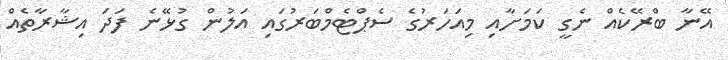
އޭނާ ބްރޭކެއް ނެގީ ކަމަށާއި މިއަހަރުގެ ސެޕްޓެމްބަރުގައި އަލުން ގުޅޭނެ ފަދަ އިޝާރާތެއް